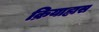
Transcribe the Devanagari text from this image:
क्रियाह्रास